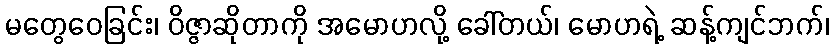
မတွေဝေခြင်း၊ ဝိဇ္ဇာဆိုတာကို အမောဟလို့ ခေါ်တယ်၊ မောဟရဲ့ ဆန့်ကျင်ဘက်၊